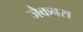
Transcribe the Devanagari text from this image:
जैकबस